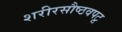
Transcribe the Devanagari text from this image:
शरीरसौष्ठवपटू